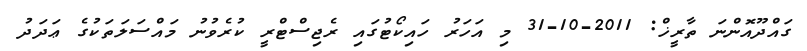
ގައްދޫއޮންނަ ތާރީޚް: 2011-10-31 މި އަހަރު ހައިކޯޓުގައި ރެޖިސްޓްރީ ކުރެވުނު މައްސަލަތަކުގެ ޢަދަދު